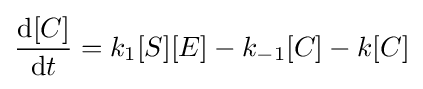
{\frac {{\text{d}}[C]}{{\text{d}}t}}=k_{1}[S][E]-k_{-1}[C]-k[C]